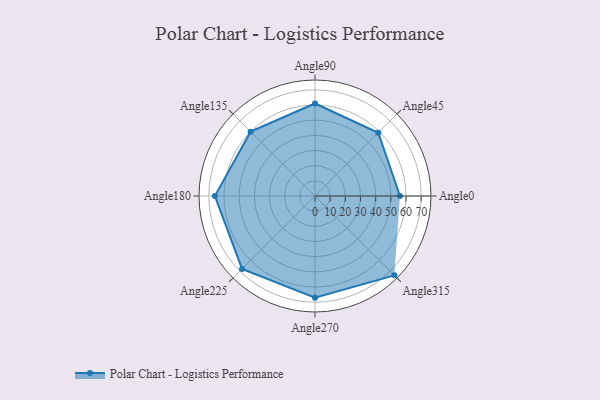
{"axis": {"x": "Angle", "y": "Radius"}, "legend": [""], "data": [{"x": "Angle0", "y": 56.0, "type": ""}, {"x": "Angle45", "y": 59.0, "type": ""}, {"x": "Angle90", "y": 61.0, "type": ""}, {"x": "Angle135", "y": 60.0, "type": ""}, {"x": "Angle180", "y": 66.0, "type": ""}, {"x": "Angle225", "y": 68.0, "type": ""}, {"x": "Angle270", "y": 67.0, "type": ""}, {"x": "Angle315", "y": 74.0, "type": ""}]}